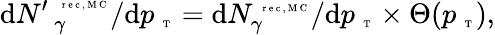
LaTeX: \mathrm{d}N{^{\prime\, }}_{\gamma}^{\mathrm{~\tiny~r~e~c~,~M~C~}}/\mathrm{d}p_{\mathrm{~\tiny~T~}}=\mathrm{d}N_{\gamma}^{\mathrm{~\tiny~r~e~c~,~M~C~}}/\mathrm{d}p_{\mathrm{~\tiny~T~}}\times\Theta(p_{\mathrm{~\tiny~T~}}),